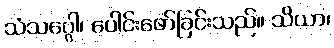
သံသဂ္ဂေါ၊ ပေါင်းဖော်ခြင်းသည်။ သိယာ၊